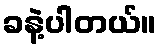
ခနဲ့ပါတယ်။